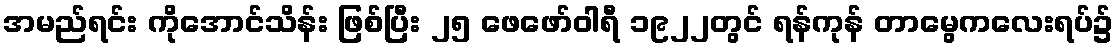
အမည်ရင်း ကိုအောင်သိန်း ဖြစ်ပြီး ၂၅ ဖေဖော်ဝါရီ ၁၉၂၂တွင် ရန်ကုန် တာမွေကလေးရပ်၌